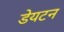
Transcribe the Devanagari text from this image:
डेयटन